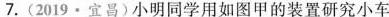
7.(2019·宜昌)小明同学用如图甲的装置研究小车